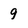
Character: 9